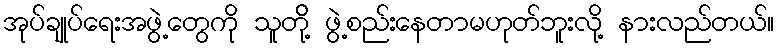
အုပ်ချုပ်ရေးအဖွဲ့တွေကို သူတိို့ ဖွဲ့စည်းနေတာမဟုတ်ဘူးလို့ နားလည်တယ်။